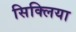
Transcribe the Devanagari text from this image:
सिक्लिया